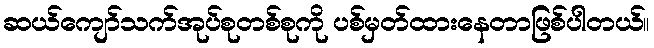
ဆယ်ကျော်သက်အုပ်စုတစ်စုကို ပစ်မှတ်ထားနေတာဖြစ်ပါတယ်။